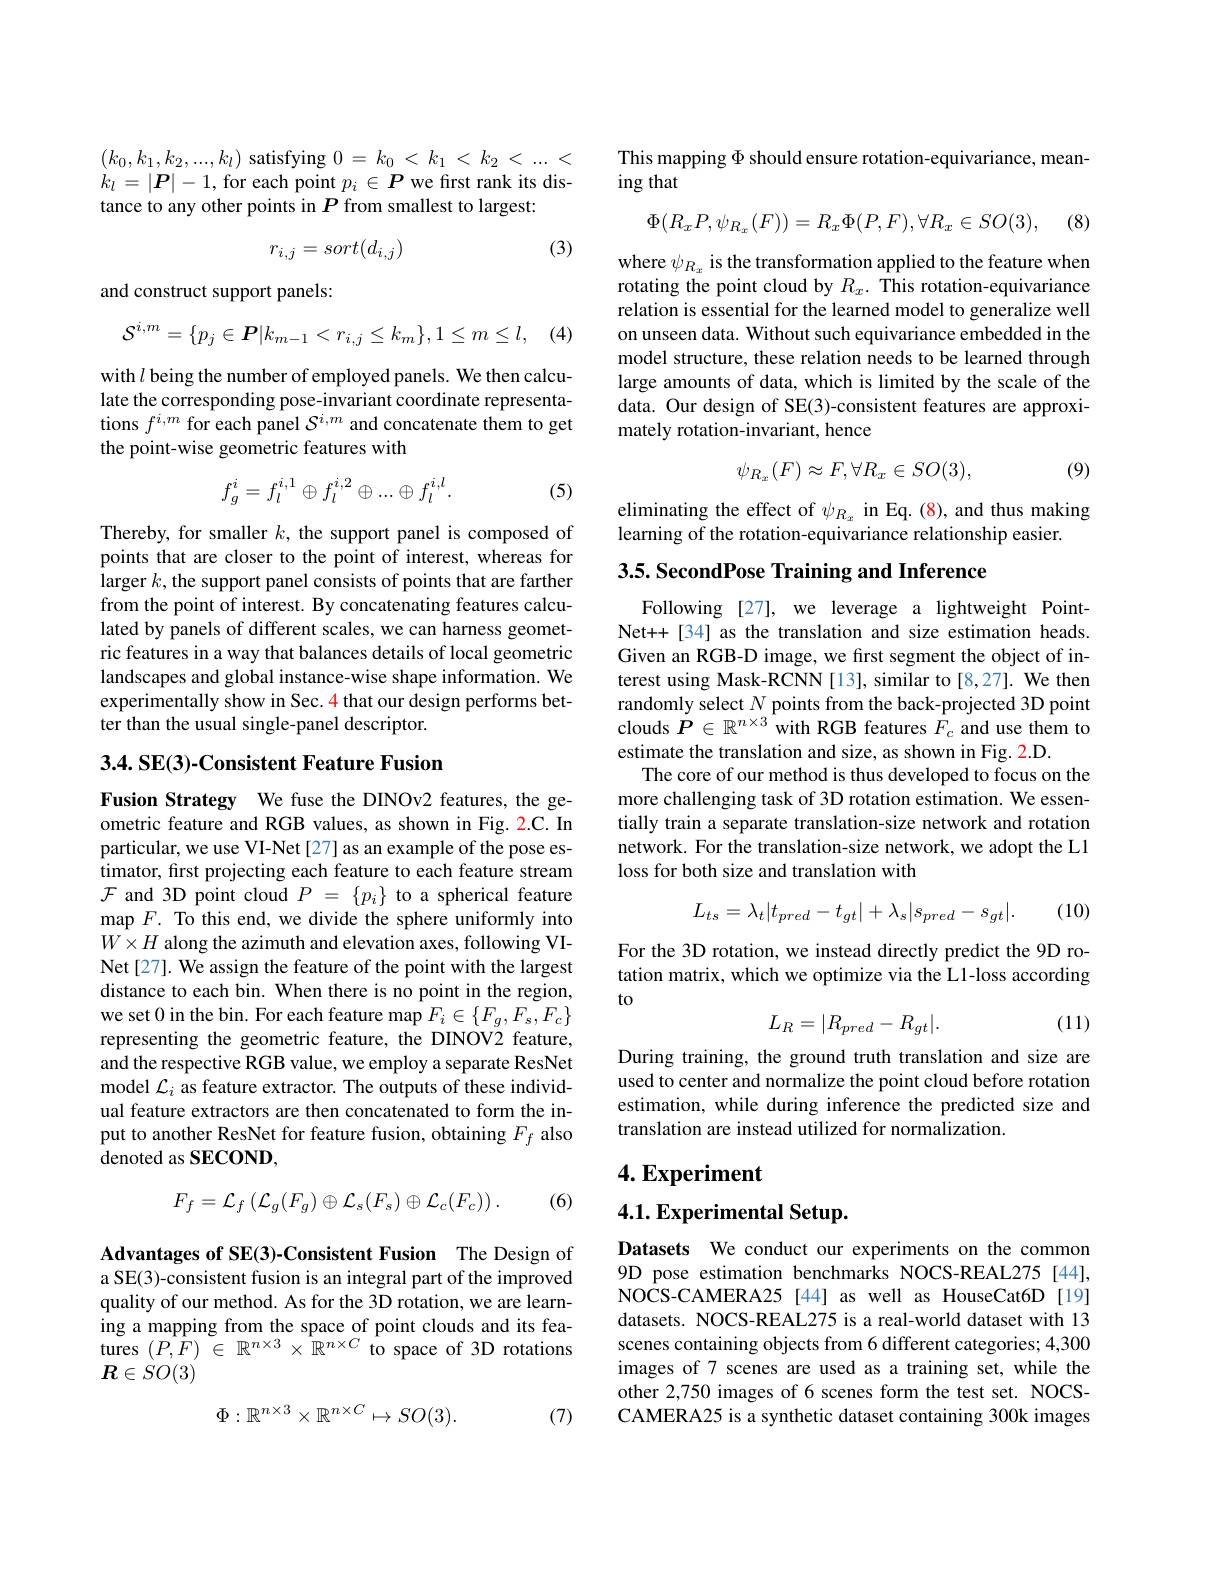
$(k_0,k_1,k_2,...,k_l)$ satisfying $0=k_0<k_1<k_2<...<$ $k_l=|\boldsymbol{P}|-1$,for each point $p_i\in\boldsymbol{P}$ we first rank its distance to any other points in $P$ from smallest to largest:

(3)
$$r_{i,j}=sort(d_{i,j})$$
and construct support panels:
$$\mathcal{S}^{i,m}=\{p_{j}\in\boldsymbol{P}|k_{m-1}<r_{i,j}\leq k_{m}\},1\leq m\leq l,$$
(4)

with $l$ being the number of employed panels. We then calculate the corresponding pose-invariant coordinate representations $f^{i,m}$ for each panel $S^i,m$ and concatenate them to get the point-wise geometric features with
$$f_g^i=f_l^{i,1}\oplus f_l^{i,2}\oplus...\oplus f_l^{i,l}.$$
(5)

Thereby, for smaller $k$, the support panel is composed of points that are closer to the point of interest, whereas for larger $k$,the support panel consists of points that are farther from the point of interest. By concatenating features calculated by panels of different scales, we can harness geometric features in a way that balances details of local geometric landscapes and global instance-wise shape information. We experimentally show in Sec. 4 that our design performs better than the usual single-panel descriptor.

## 3.4. SE(3)-Consistent Feature Fusion

Fusion Strategy We fuse the DINOv2 features, the geometric feature and RGB values, as shown in Fig. 2.C. In particular, we use VI-Net[27] as an example of the pose estimator, first projecting each feature to each feature stream $\mathcal{F}$ and 3D point cloud $P=\{p_i\}$ to a spherical feature map $F.$ To this end, we divide the sphere uniformly into $W\times H$ along the azimuth and elevation axes, following VINet[27]. We assign the feature of the point with the largest distance to each bin. When there is no point in the region, we set 0 in the bin. For each feature map $F_i\in\{F_g,F_s,F_c\}$ representing the geometric feature, the DINOV2 feature, and the respective RGB value, we employ a separate ResNet model $\mathcal{L}_i$ as feature extractor. The outputs of these individual feature extractors are then concatenated to form the input to another ResNet for feature fusion, obtaining $F_f$ also denoted as SECOND,
$$F_f=\mathcal{L}_f\left(\mathcal{L}_g(F_g)\oplus\mathcal{L}_s(F_s)\oplus\mathcal{L}_c(F_c)\right).$$
(6)

Advantages of SE(3)-Consistent Fusion The Design of a SE(3)-consistent fusion is an integral part of the improved quality of our method. As for the 3D rotation, we are learning a mapping from the space of point clouds and its features $(P,\hat{F})\in\mathbb{R}^{n\times3}\times\hat{\mathbb{R}}^{n\times C}$ to space of 3D rotations $R\in SO(3)$
$$\Phi:\mathbb{R}^{n\times3}\times\mathbb{R}^{n\times C}\mapsto SO(3).$$
(7)

This mapping $\Phi$ should ensure rotation-equivariance, mean-
ing that
$$\Phi(R_xP,\psi_{R_x}(F))=R_x\Phi(P,F),\forall R_x\in SO(3),$$
(8)

where $\psi_{R_{x}}$ is the transformation applied to the feature when rotating the point cloud by $R_x.$ This rotation-equivariance relation is essential for the learned model to generalize well on unseen data. Without such equivariance embedded in the model structure, these relation needs to be learned through large amounts of data, which is limited by the scale of the data. Our design of SE(3)-consistent features are approximately rotation-invariant, hence
$$\psi_{R_{x}}(F)\approx F,\forall R_{x}\in SO(3),$$
(9)

eliminating the effect of $\psi_{R_x}$ in Eq.(8), and thus making
learning of the rotation-equivariance relationship easier.

3.5. SecondPose Training and Inference

Following [27], we leverage a lightweight PointNet++[34] as the translation and size estimation heads. Given an RGB-D image, we first segment the object of interest using Mask-RCNN [13], similar to [8,27]. We then randomly select $N$ points from the back-projected 3D point clouds $\dot{P}\in\mathbb{R}^{n\times3}$ with RGB features $\hat{F}_c$ and use them to estimate the translation and size, as shown in Fig. 2.D.
The core of our method is thus developed to focus on the more challenging task of 3D rotation estimation. We essentially train a separate translation-size network and rotation network. For the translation-size network, we adopt the L1 loss for both size and translation with

(10)
$$L_{ts}=\lambda_{t}|t_{pred}-t_{gt}|+\lambda_{s}|s_{pred}-s_{gt}|.$$
For the 3D rotation, we instead directly predict the 9D rotation matrix, which we optimize via the L1-loss according to

(11)
$$L_R=|R_{pred}-R_{gt}|.$$
During training, the ground truth translation and size are used to center and normalize the point cloud before rotation estimation, while during inference the predicted size and translation are instead utilized for normalization.

# 4. Experiment

# 4.1. Experimental Setup.

Datasets We conduct our experiments on the common 9D pose estimation benchmarks NOCS-REAL275 [44], NOCS-CAMERA25 [44] as well as HouseCat6D [19] datasets. NOCS-REAL275 is a real-world dataset with 13 scenes containing objects from 6 different categories; 4,300 images of 7 scenes are used as a training set, while the other 2,750 images of 6 scenes form the test set. NOCSCAMERA25 is a synthetic dataset containing 300k images